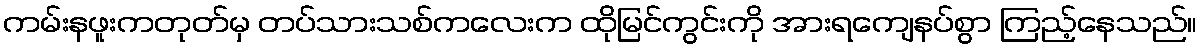
ကမ်းနဖူးကတုတ်မှ တပ်သားသစ်ကလေးက ထိုမြင်ကွင်းကို အားရကျေနပ်စွာ ကြည့်နေသည်။